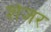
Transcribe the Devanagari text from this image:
शेजर